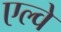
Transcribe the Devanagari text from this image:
एल्वे